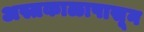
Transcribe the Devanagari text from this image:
अस्तकाळापासून